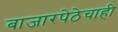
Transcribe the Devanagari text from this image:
बाजारपेठेचाही